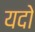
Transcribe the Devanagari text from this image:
यदो